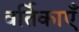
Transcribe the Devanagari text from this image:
वर्तिकाएँ